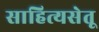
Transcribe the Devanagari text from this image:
साहित्यसेतू